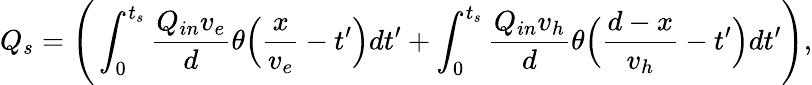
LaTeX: Q_{s}=\Bigg(\int_{0}^{t_{s}}\frac{Q_{in}v_{e}}{d}\theta\Big(\frac{x}{v_{e}}-t^{\prime}\Big)dt^{\prime}+\int_{0}^{t_{s}}\frac{Q_{in}v_{h}}{d}\theta\Big(\frac{d-x}{v_{h}}-t^{\prime}\Big)dt^{\prime}\Bigg),